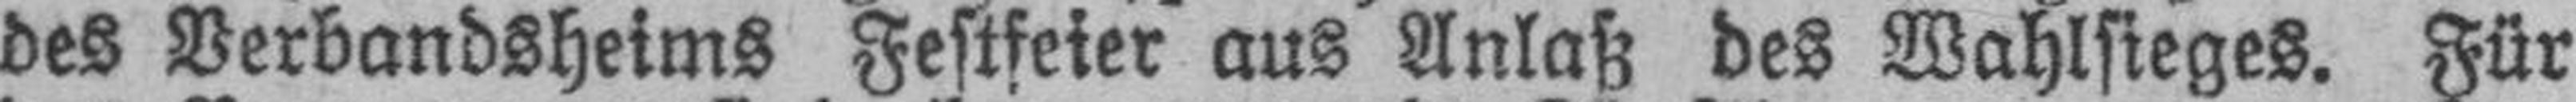
des Verbandsheims Festfeier aus Anlaß des Wahlsieges. Für